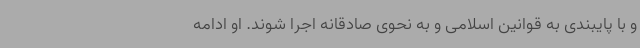
و با پایبندی به قوانین اسلامی و به نحوی صادقانه اجرا شوند. او ادامه